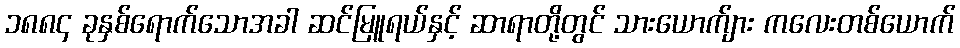
၁၈၈၄ ခုနှစ်ရောက်သောအခါ ဆင်မြူရယ်နှင့် ဆာရာတို့တွင် သားယောက်ျား ကလေးတစ်ယောက်